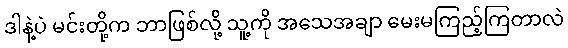
ဒါနဲ့ပဲ မင်းတို့က ဘာဖြစ်လို့ သူ့ကို အသေအချာ မေးမကြည့်ကြတာလဲ